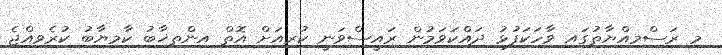
މި ރަސްމިއްޔާތުގައި ވާހަކަފުޅު ދައްކަވަމުން ރައީސްވަނީ ކުރިއަށް އޮތް އިންތިޚާބު ކާމިޔާބު ކުރެވިއްޖެ